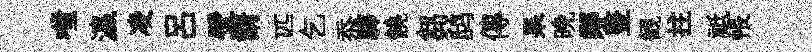
嗤瀛凌呂壁諝匹乞忝驛饒芻鸱傳杲晩鄰整観拄祗帳